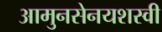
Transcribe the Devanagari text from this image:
आमुनसेनयशस्वी